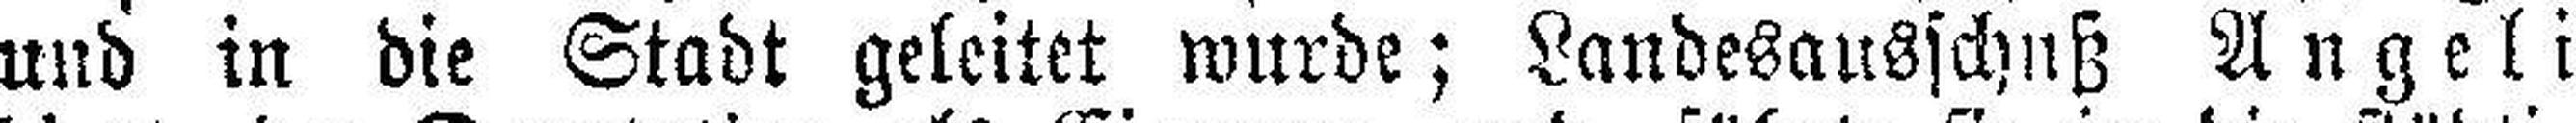
und in die Stadt geleitet wurde; Landesausschuß Angeli